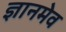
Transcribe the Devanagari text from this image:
ज्ञानमेव